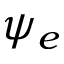
\psi _ { e }